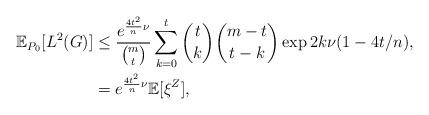
LaTeX: \begin{align*} \mathbb{E}_{P_0}[L^2(G)] &\le \frac{e^{\frac{4t^2}{n} \nu} }{\binom{m}{t}} \sum_{k = 0}^t \binom{t}{k} \binom{m-t}{t-k} \exp{ 2k \nu(1 - 4t/n)}, \\ &= e^{\frac{4t^2}{n} \nu} \mathbb{E}[\xi^Z],\end{align*}